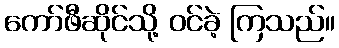
ကော်ဖီဆိုင်သို့ ဝင်ခဲ့ ကြသည်။